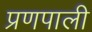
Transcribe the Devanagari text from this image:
प्रणपाली